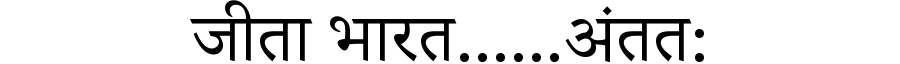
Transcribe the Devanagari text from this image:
जीता भारत......अंतत: